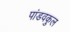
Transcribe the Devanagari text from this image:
पांडवकुल